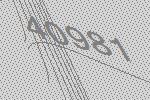
40981